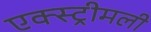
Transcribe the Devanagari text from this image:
एक्स्ट्रीमली